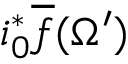
i _ { 0 } ^ { * } { \overline { { f } } } ( \Omega ^ { \prime } )